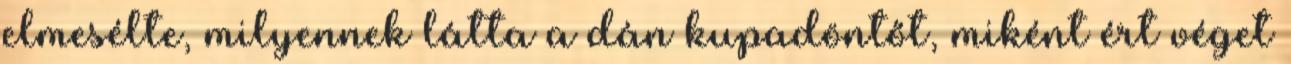
elmesélte, milyennek látta a dán kupadöntőt, miként ért véget